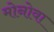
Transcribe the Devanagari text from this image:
मोनोवा